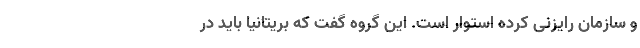
و سازمان رایزنی کرده استوار است. این گروه گفت که بریتانیا باید در